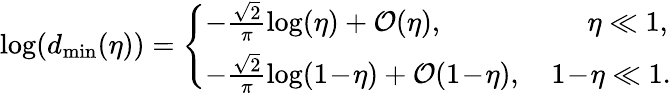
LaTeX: \begin{array}{r}{\log(d_{\mathrm{min}}(\eta))=\left\{ \begin{array}{ll}{-\frac{\sqrt{2}}{\pi}\log(\eta)+\mathcal{O}(\eta),}&{\quad\: \: \eta\ll 1,}\\ {-\frac{\sqrt{2}}{\pi}\log(1\! -\! \eta)+\mathcal{O}(1\! -\! \eta),}&{\, 1\! -\! \eta\ll 1.}\end{array}\right.}\end{array}